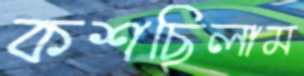
কশছিলাম